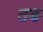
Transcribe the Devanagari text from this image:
तङ